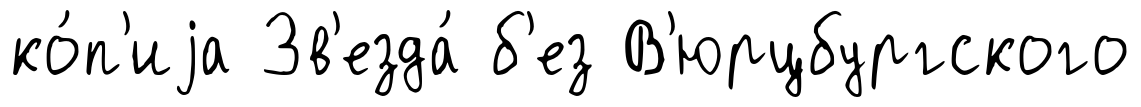
ко́п'иjа Зв'езда́ б'ез В'юрцбургского